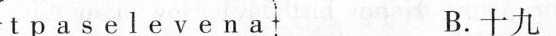
t p a s e l e v e n a B.十九